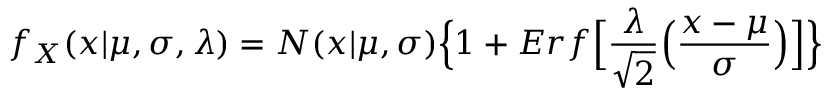
f _ { X } ( x | \mu , \sigma , \lambda ) = N ( x | \mu , \sigma ) \Bigl \{ 1 + E r f \Bigl [ \frac { \lambda } { \sqrt { 2 } } \Bigl ( \frac { x - \mu } { \sigma } \Bigr ) \Bigr ] \Bigr \}